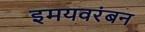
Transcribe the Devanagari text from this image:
इमयवरंबन